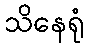
သိနေရုံ